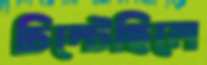
চিম্‌টেছিলে